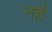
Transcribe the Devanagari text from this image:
नहै